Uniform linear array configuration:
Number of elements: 8
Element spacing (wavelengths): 0.75
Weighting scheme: cosine
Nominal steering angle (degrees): -45
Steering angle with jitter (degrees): -44.36
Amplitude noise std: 0.05
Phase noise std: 0.05

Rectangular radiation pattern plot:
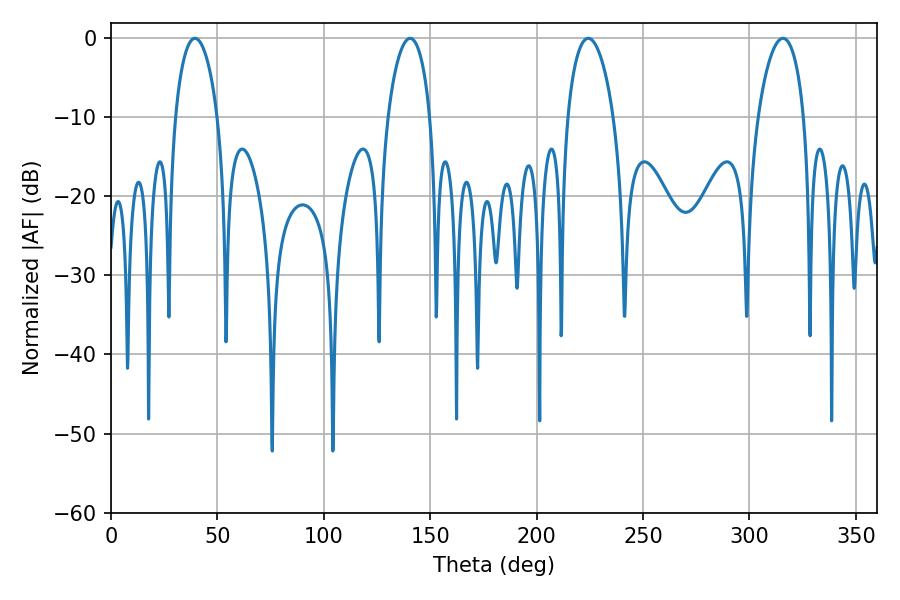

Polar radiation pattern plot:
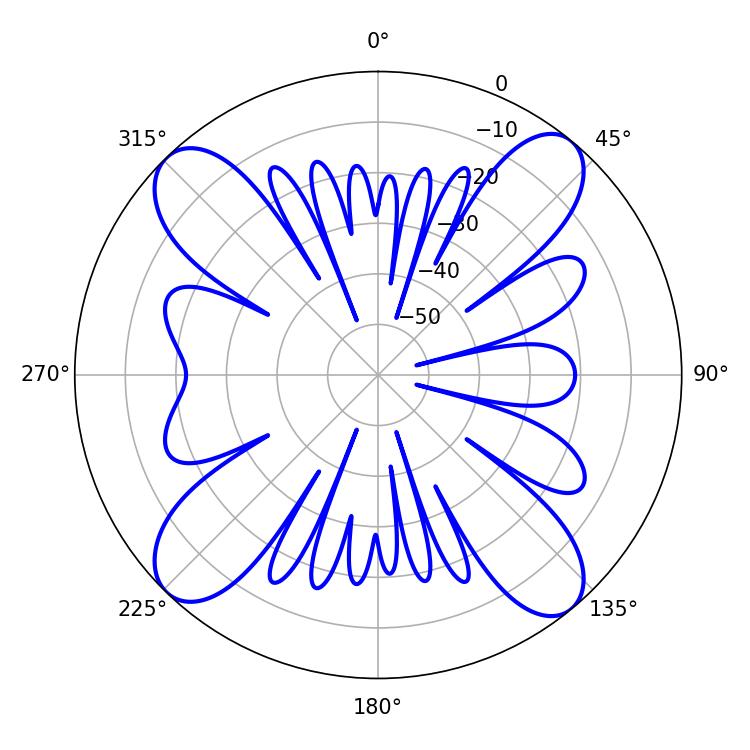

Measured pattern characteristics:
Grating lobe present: TRUE
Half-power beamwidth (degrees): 12.24
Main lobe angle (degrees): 224.28